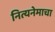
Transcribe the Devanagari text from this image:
नित्यनेमाचा